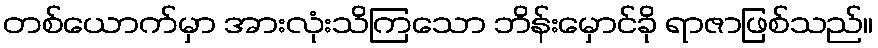
တစ်ယောက်မှာ အားလုံးသိကြသော ဘိန်းမှောင်ခို ရာဇာဖြစ်သည်။